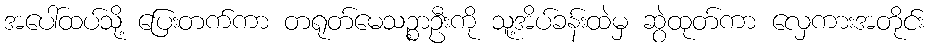
အပေါ်ထပ်သို့ ပြေးတက်ကာ တရုတ်မေသဉ္စာဦးကို သူ့အိပ်ခန်းထဲမှ ဆွဲထုတ်ကာ လှေကားအတိုင်း